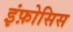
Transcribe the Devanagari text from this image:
इंफ़ोसिस